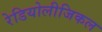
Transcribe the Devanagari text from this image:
रेडियोलीजिकल